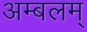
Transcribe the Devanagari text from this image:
अम्बलम्